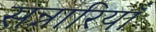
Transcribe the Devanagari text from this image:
सन्नारियाँ